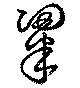
粱